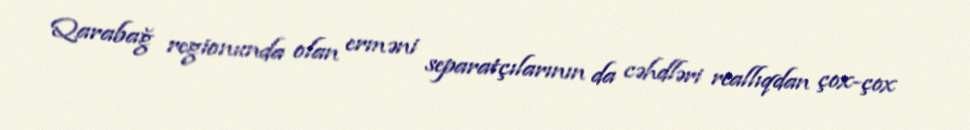
Qarabağ regionunda olan erməni separatçılarının da cəhdləri reallıqdan çox-çox